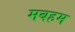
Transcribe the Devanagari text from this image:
मबहम